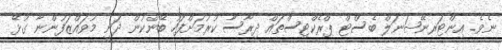
ނެވެ. އިންޓަރނޭޝަނަލް ބެސްޓް ޕްރެކްޓިސްތައް ދިރާސާ ކުރުމަށްފަހު ބޭންކުން ދަނީ މުވައްޒަފުންނާ ގުޅޭ